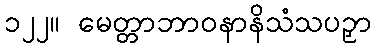
၁၂၂။ မေတ္တာဘာဝနာနိသံသပဉှာ